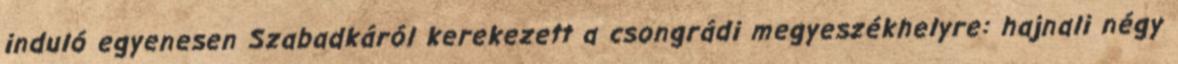
induló egyenesen Szabadkáról kerekezett a csongrádi megyeszékhelyre: hajnali négy